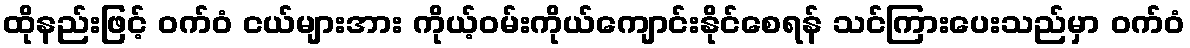
ထိုနည်းဖြင့် ဝက်ဝံ ငယ်များအား ကိုယ့်ဝမ်းကိုယ်ကျောင်းနိုင်စေရန် သင်ကြားပေးသည်မှာ ဝက်ဝံ